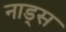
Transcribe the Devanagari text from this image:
नाड्स